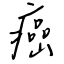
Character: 癌